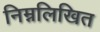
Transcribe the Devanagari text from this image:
निम्नलिखित